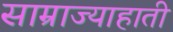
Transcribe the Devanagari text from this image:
साम्राज्याहाती